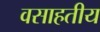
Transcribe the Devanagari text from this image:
वसाहतीय